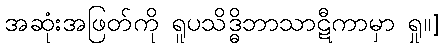
အဆုံးအဖြတ်ကို ရူပသိဒ္ဓိဘာသာဋီကာမှာ ရှု။]